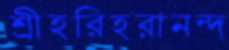
শ্রীহরিহরানন্দ